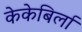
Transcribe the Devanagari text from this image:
केकेबिर्ला